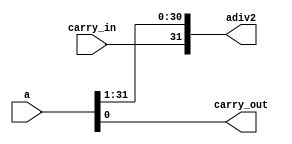
module shr32(
             input wire  [31 : 0] a,
             input wire           carry_in,
             output wire [31 : 0] adiv2,
             output wire          carry_out
            );
  assign adiv2      = {carry_in, a[31 : 1]};
  assign carry_out = a[0];
endmodule